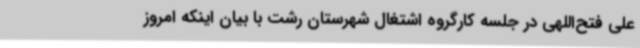
علی فتح‌اللهی در جلسه کارگروه اشتغال شهرستان رشت با بیان اینکه امروز